Distribution and causation of leprosy in British India
Year: 1875
Disease focus: Leprosy
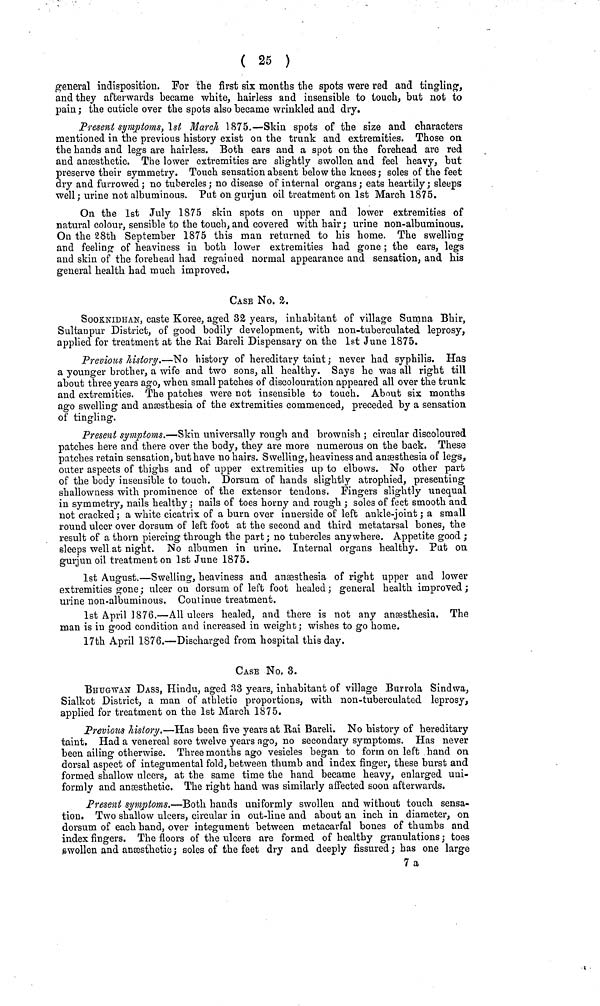
( 25 )
general indisposition, For the first six months the spots were red and tingling,
and they afterwards became white, hairless and insensible to touch, but not to
pain ; the cuticle over the spots also became wrinkled and dry.
Present symptoms,\st March 1875.—Skin spots of the size and characters
mentioned in the previous history exist on the trunk and extremities. Those on
the hands and legs are hairless. Both ears and a spot on the forehead are red
and anæsthetic. The lower extremities are slightly swollen, and feel heavy, but
preserve their symmetry. Touch sensation absent below the knees ; soles of the feet
dry and furrowed ; no tubercles ; no disease of internal organs ; eats heartily ; sleeps
well; urine not albuminous. Put on gurjun oil treatment on 1st March 1875.
On the 1st July 1875 skin spots on upper and lower extremities of
natural colour, sensible to the touch, and covered with hair ; urine non-albuminous.
On the 28th September 1875 this man returned to his home. The swelling
and feeling of heaviness in both lower extremities had gone ; the ears, legs
and skin of the forehead had regained normal appearance and sensation, and his
general health had much improved.
CASE No. 2.
SOOKNIDIIAN, caste Koree, aged 32 years, inhabitant of village Sumna Bhir,
Sultanpur District, of good bodily development, with non-tuberculated leprosy,
applied for treatment at the Rai Bareli Dispensary on the 1st June 1875.
Previous history.—No history of hereditary taint ; never had syphilis. Has
a younger brother, a wife and two sons, all healthy. Says he was all right till
about three years ago, when small patches of discolouration appeared all over the trunk
and extremities. The patches were not insensible to touch. About six months
ago swelling and anaesthesia of the extremities commenced, preceded by a sensation
of tingling.
Present symptoms.—Skin universally rough and brownish ; circular discoloured
patches here and there over the body, they are more numerous on the back. These
patches retain sensation, but have no hairs. Swelling, heaviness and anæsthesia of legs,
outer aspects of thighs and of upper extremities up to elbows. No other part
of the body insensible to touch. Dorsum of hands slightly atrophied, presenting
shallowness with prominence of the extensor tendons. Fingers slightly unequal
in symmetry, nails healthy ,• nails of toes horny and rough ; soles of feet smooth and
not cracked ; a white cicatrix of a burn over innerside of left ankle-joint ; a small
round ulcer over dorsum of left foot at the second and third metatarsal bones, the
result of a thorn piercing through the part ; no tubercles anywhere. Appetite good ;
sleeps well at night. No albumen in urine. Internal organs healthy. Put on
gurjun oil treatment on 1st June 1875.
1st August.—Swelling, heaviness and an anæsthesia of right upper and lower
extremities gone ; ulcer on dorsum of left foot healed ; general health improved ;
urine non-albuminous. Continue treatment.
1st April 1876.—All ulcers healed, and there is not any anæsthesia. The
man is in good condition and increased in weight; wishes to go home.
17th April 1876.—Discharged from hospital this day.
CASE No, 3.
BHUGWAN DASS, Hindu, aged 33 years, inhabitant of village Burrola Sindwa,
Sialkot District, a man of athletic proportions, with non-tuberculated leprosy,
applied for treatment on the 1st March 1875.
Previous history.—Has been five years at Rai Bareli. No history of hereditary
taint. Had a venereal sore twelve years ago, no secondary symptoms. Has never
been ailing otherwise. Three months ago vesicles began to form on left hand on
dorsal aspect of integumental fold, between thumb and index finger, these burst and
formed shallow ulcers, at the same time the hand became heavy, enlarged uni-
formly and anæsthetic. The right hand was similarly affected soon afterwards.
Present symptoms.—Both hands uniformly swollen and without touch sensa-
tion. Two shallow ulcers, circular in out-line and about an inch in diameter, on
dorsum of each hand, over integument between metacarfal bones of thumbs and
index fingers. The floors of the ulcers are formed of healthy granulations j toes
swollen and anæsthetic ; soles of the feet dry and deeply fissured ; has one large
7a